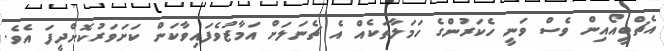
އެޗްބީއޯއިން ވެސް ވަނީ ހެކަރުންގެ ހަމަލާތަކެއް އެ ޗެނަލަށް އަމާޒުވެފައިވާކަން ކަށަވަރުކޮށްދީފަ އެވެ.